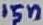
Text: 15n